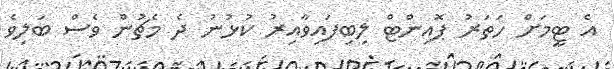
އެ ޓީމަށް ހަތަރު ޕޮއިންޓް ލިބިފައިވާއިރު ކުޅުނު ދެ މެޗުން ވެސް ބަލިވެ